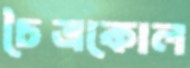
চৈত্রকোল